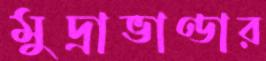
মুদ্রাভাণ্ডার